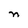
Character: n